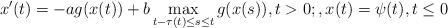
LaTeX: \begin{align*} x'(t)=-ag(x(t))+b\max_{t-\tau(t)\leq s\leq t} g(x(s)), t>0;, x(t)=\psi(t), t\leq 0\end{align*}